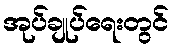
အုပ်ချုပ်ရေးတွင်